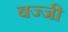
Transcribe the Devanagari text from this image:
बज्जी